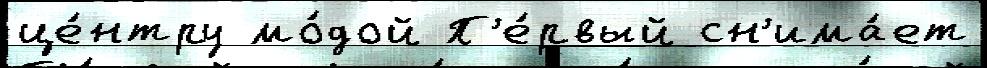
це́нтру мо́дой П'е́рвый сн'има́ет